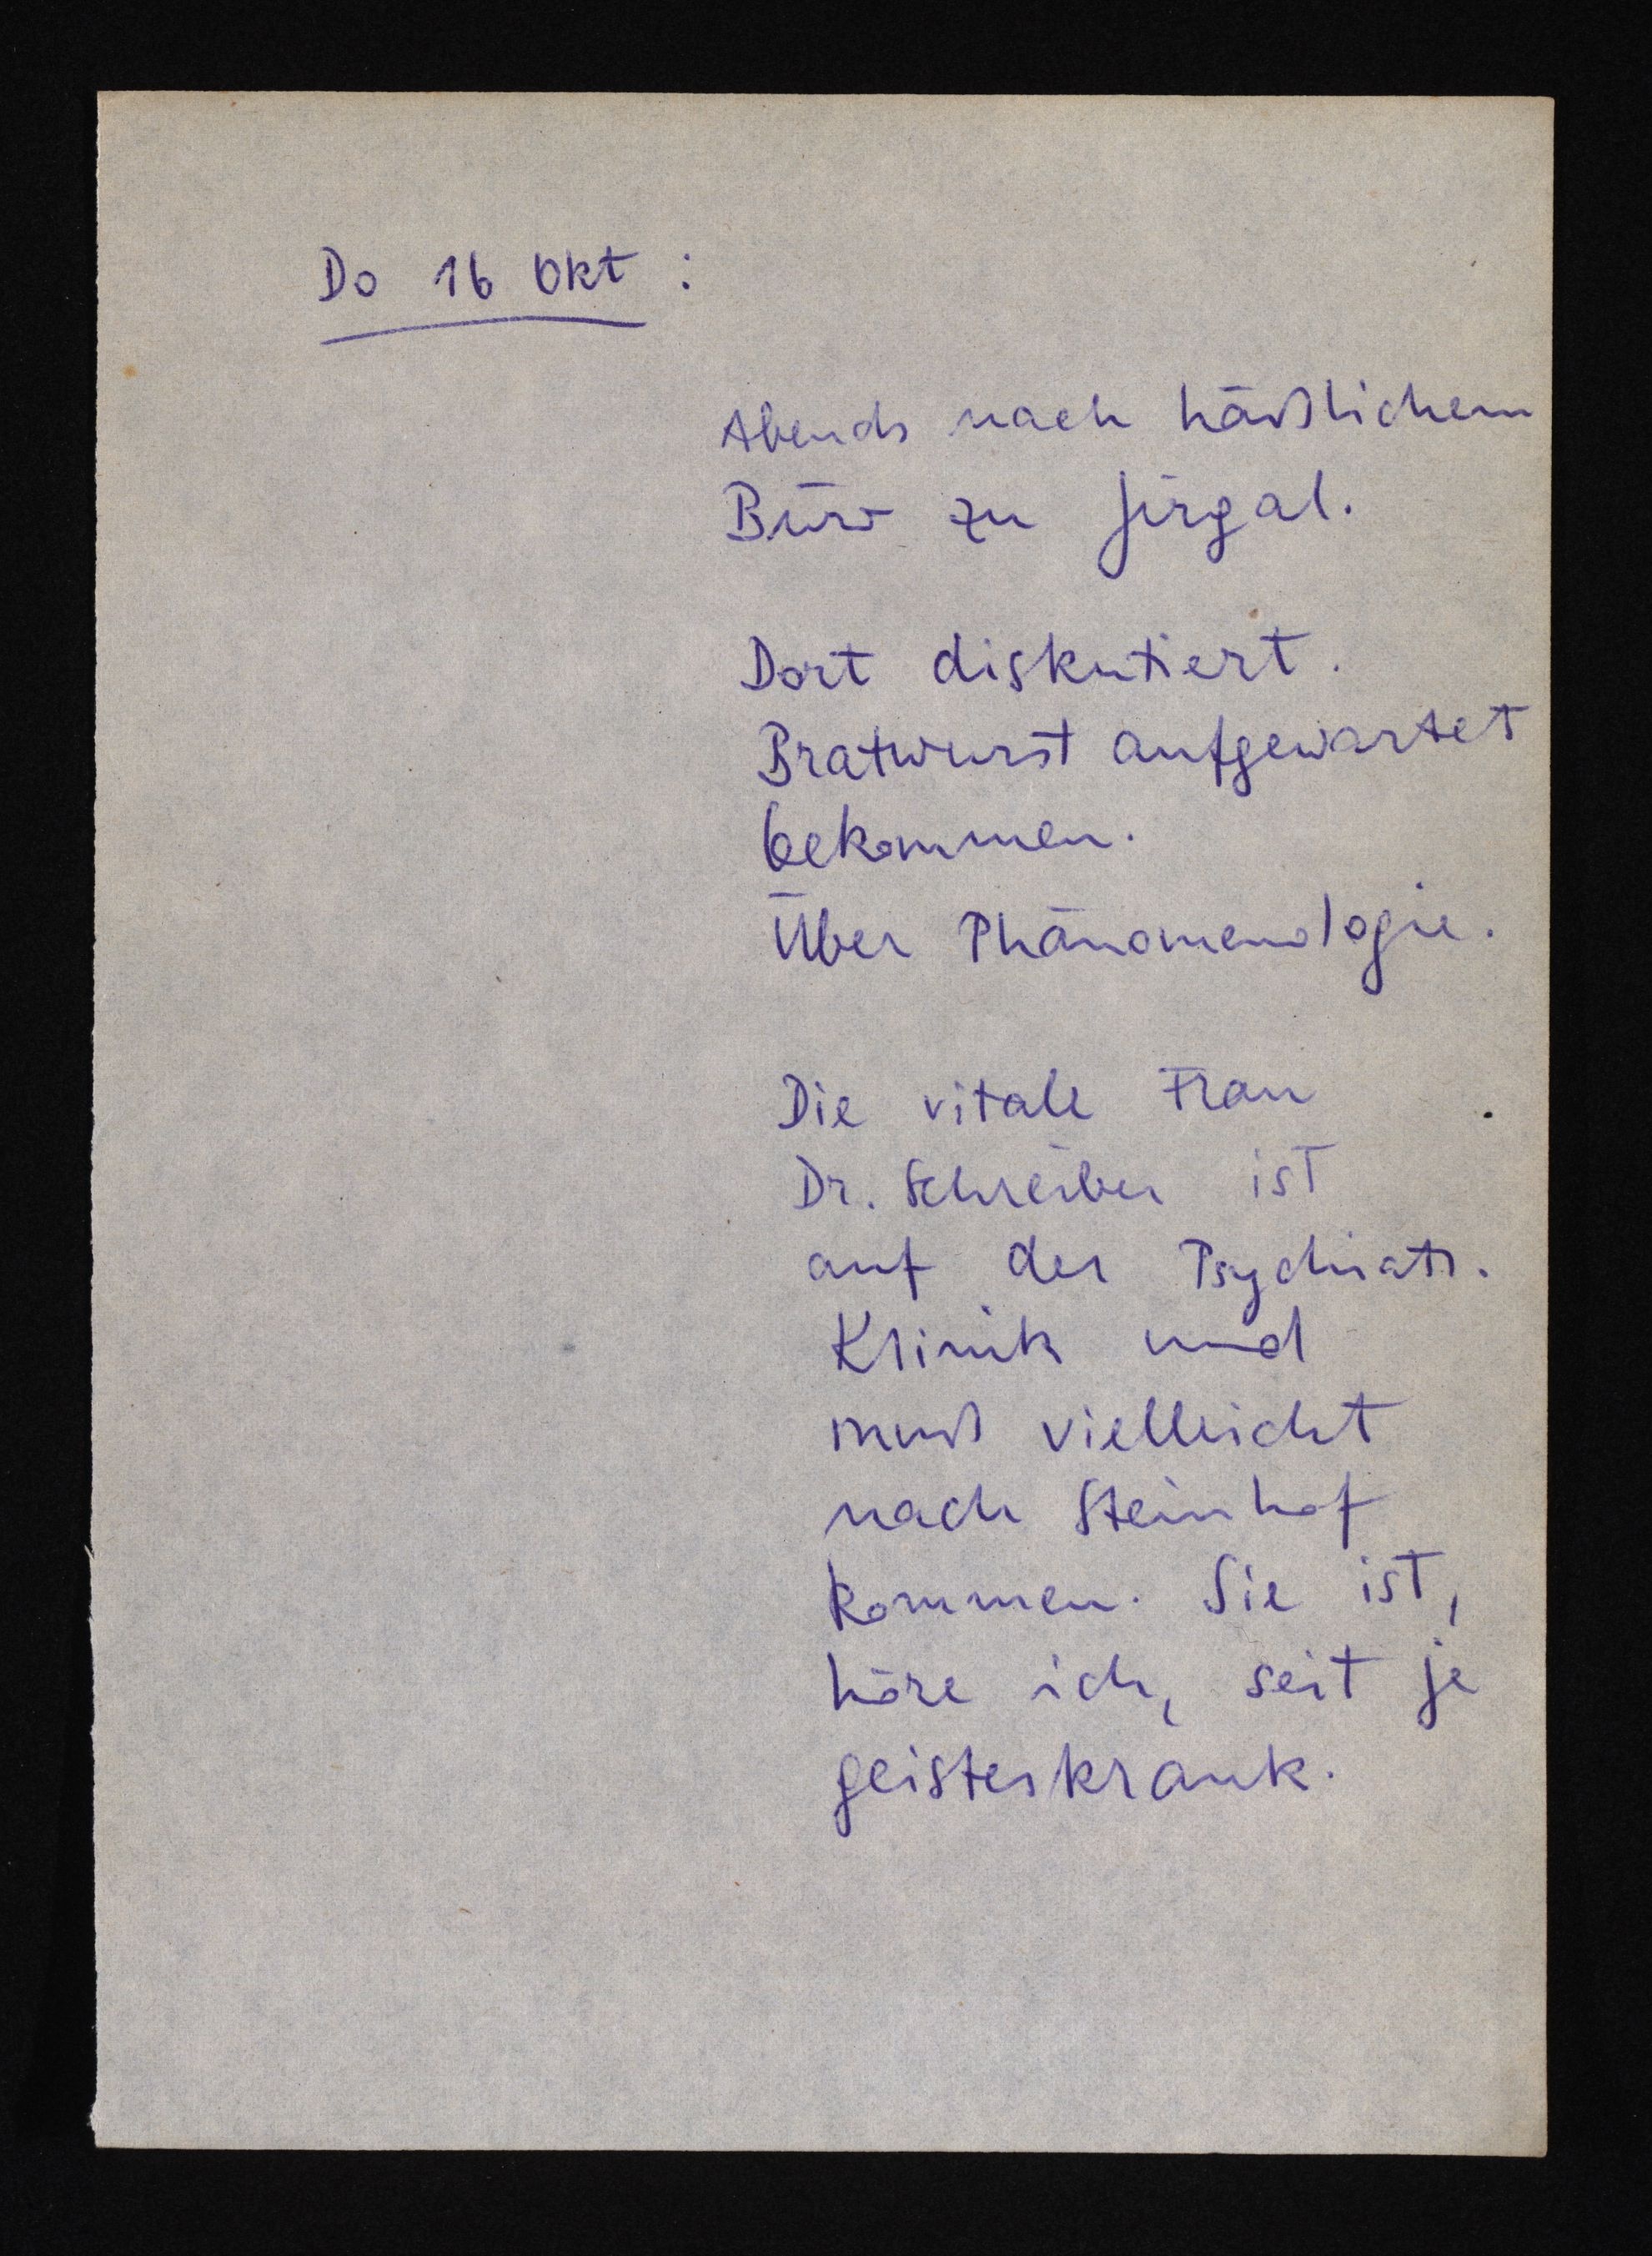
Do 16 Okt:
Abends nach häßlichem
Büro zu Jirgal.
Dort diskutiert.
Bratwurst aufgewartet
bekommen.
Über Phänomenologie.
Die vitale Frau
Dr. Schreiber ist
auf der Psychiatr.
Klinik und
muß vielleicht
nach Steinhof
kommen. Sie ist,
höre ich, seit je
geisteskrank.